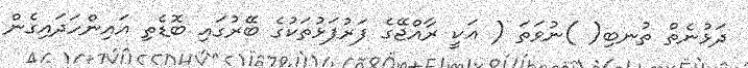
ދަޅުނެތް ތުނބި( )ނުވަތަ ( އަކީ ރާއްޖޭގެ ފަރުފަޅުތަކުގެ ބޭރުގައި ބޮޑެތި އައިންހަދައިގެން